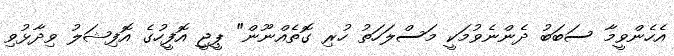
އެހެންވީމާ ސަބަބު ދެންނެވުމަކީ މަސްލަހަތު ހުރި ގޮތެއްނޫން" ޕީޖީ އޮފީހުގެ އޮފިޝަލު ވިދާޅުވި